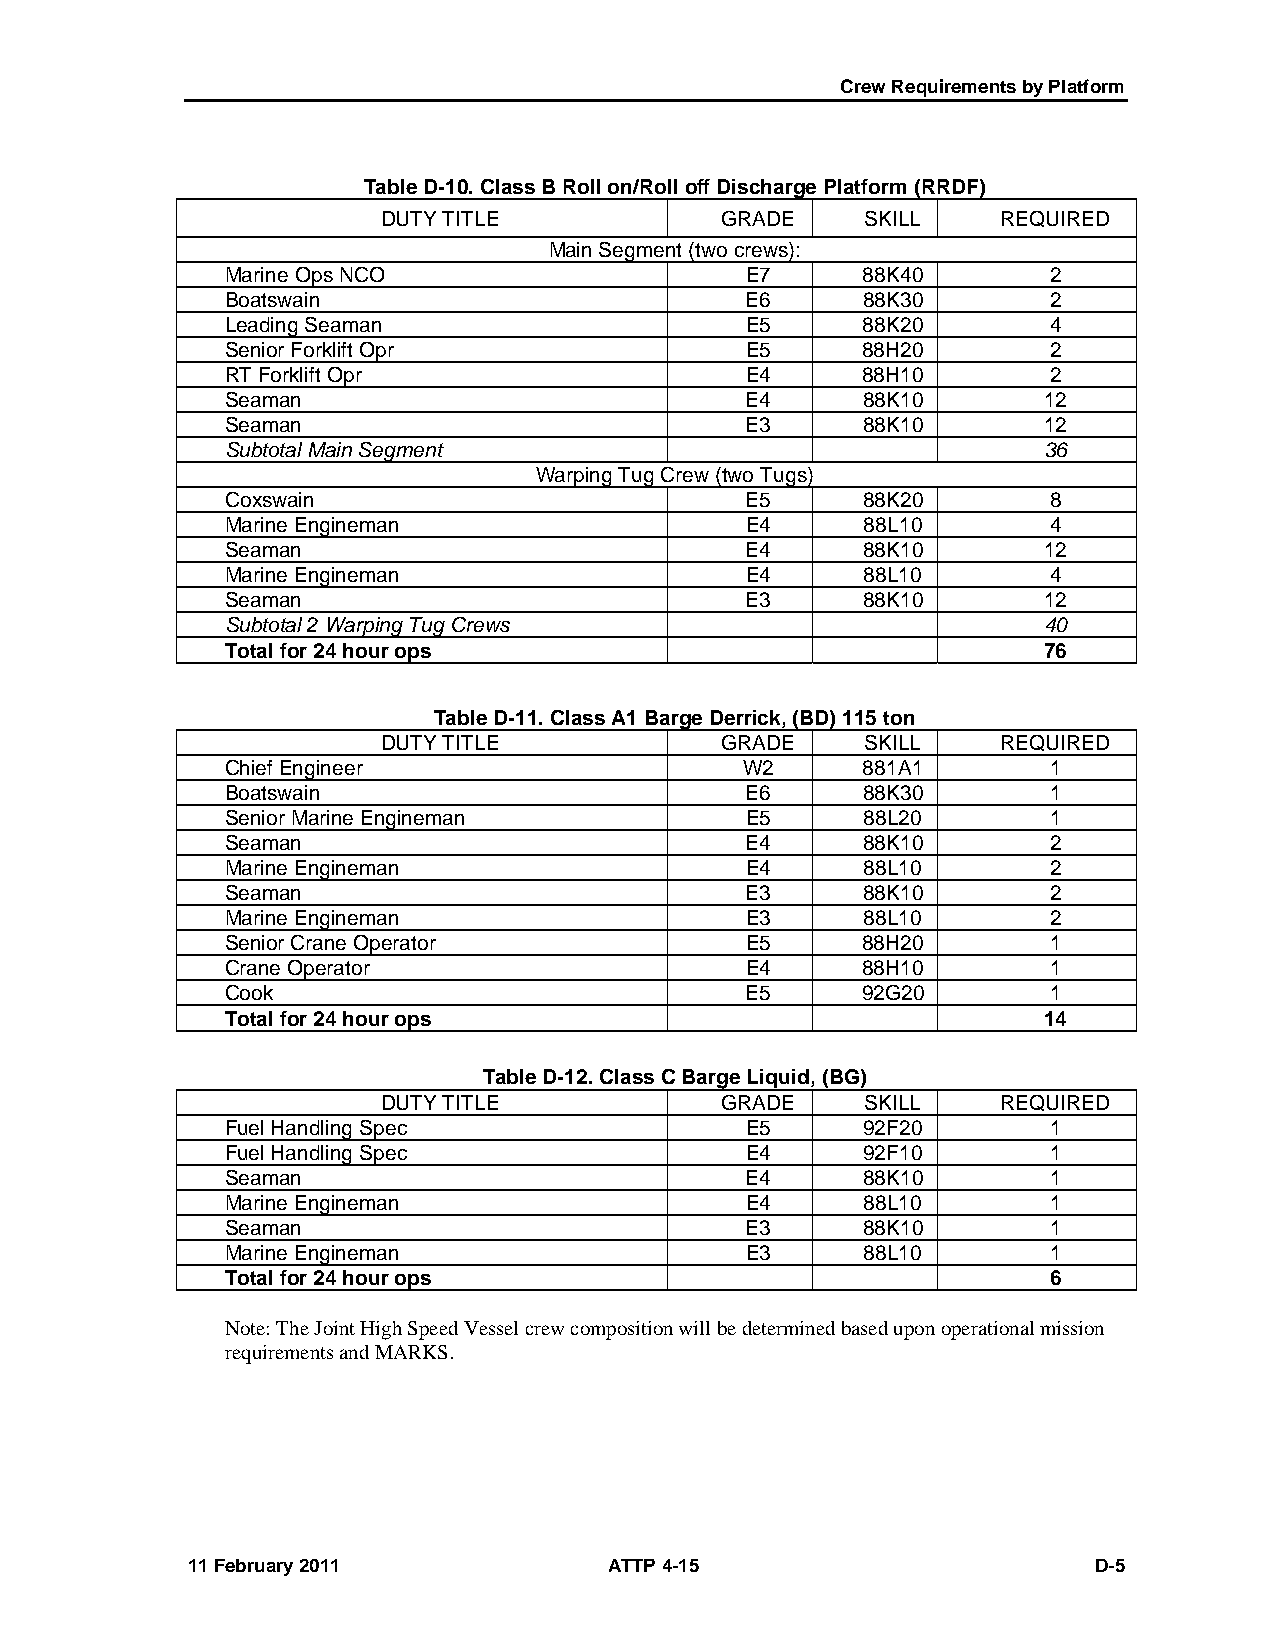
Crew Requirements by Platform
 Table D-10. Class B Roll on/Roll off Discharge Platform (RRDF)
 DUTY TITLE             GRADE    SKILL    REQUIRED
 Main Segment (two crews):
 Marine Ops NCO                    E7      88K40        2
 Boatswain                         E6      88K30        2
 Leading Seaman                    E5      88K20        4
 Senior Forklift Opr               E5      88H20       2
 RT Forklift Opr                   E4      88H10       2
 Seaman                            E4      88K10       12
 Seaman                            E3      88K10       12
 Subtotal Main Segment                                 36
 Warping Tug Crew (two Tugs)
 Coxswain                          E5      88K20       8
 Marine Engineman                  E4      88L10        4
 Seaman                            E4      88K10       12
 Marine Engineman                  E4      88L10       4
 Seaman                            E3      88K10       12
 Subtotal 2 Warping Tug Crews                          40
 Total for 24 hour ops                                 76
 Table D-11. Class A1 Barge Derrick, (BD) 115 ton
 DUTY TITLE             GRADE    SKILL    REQUIRED
 Chief Engineer                    W2      881A1       1
 Boatswain                         E6      88K30        1
 Senior Marine Engineman           E5      88L20       1
 Seaman                            E4      88K10        2
 Marine Engineman                  E4      88L10       2
 Seaman                            E3      88K10        2
 Marine Engineman                  E3      88L10       2
 Senior Crane Operator             E5      88H20       1
 Crane Operator                    E4      88H10       1
 Cook                              E5      92G20       1
 Total for 24 hour ops                                 14
 Table D-12. Class C Barge Liquid, (BG)
 DUTY TITLE             GRADE    SKILL    REQUIRED
 Fuel Handling Spec                E5      92F20       1
 Fuel Handling Spec                E4      92F10       1
 Seaman                            E4      88K10        1
 Marine Engineman                  E4      88L10       1
 Seaman                            E3      88K10        1
 Marine Engineman                  E3      88L10       1
 Total for 24 hour ops                                  6
 Note: The Joint High Speed Vessel crew composition will be determined based upon operational mission
 requirements and MARKS.
 11 February 2011            ATTP 4-15                       D-5